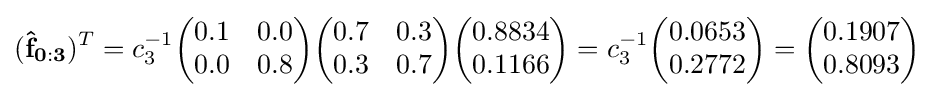
(\mathbf {{\hat {f}}_{0:3}} )^{T}=c_{3}^{-1}{\begin{pmatrix}0.1&0.0\\0.0&0.8\end{pmatrix}}{\begin{pmatrix}0.7&0.3\\0.3&0.7\end{pmatrix}}{\begin{pmatrix}0.8834\\0.1166\end{pmatrix}}=c_{3}^{-1}{\begin{pmatrix}0.0653\\0.2772\end{pmatrix}}={\begin{pmatrix}0.1907\\0.8093\end{pmatrix}}